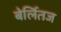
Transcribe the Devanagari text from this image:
बेर्लितज